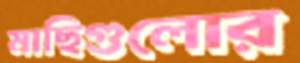
মাছিগুলোর